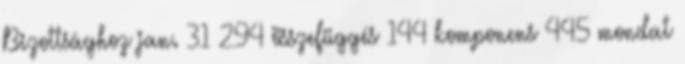
Bizottsághoz jan. 31 294 összefüggés 144 komponens 445 mondat